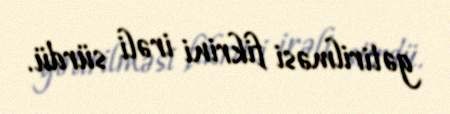
gətirilməsi fikrini irəli sürdü.